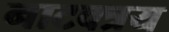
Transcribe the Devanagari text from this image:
नाटक्त्रय